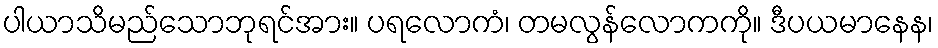
ပါယာသိမည်သောဘုရင်အား။ ပရလောကံ၊ တမလွန်လောကကို။ ဒီပယမာနေန၊